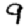
Digit: 9